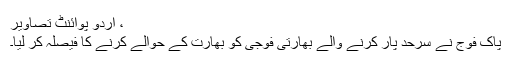
، اُردو پوائنٹ تصاویر
پاک فوج نے سرحد پار کرنے والے بھارتی فوجی کو بھارت کے حوالے کرنے کا فیصلہ کر لیا۔